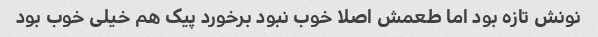
نونش تازه بود اما طعمش اصلا خوب نبود برخورد پیک هم خیلی خوب بود